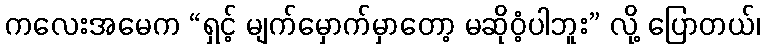
ကလေးအမေက “ရှင့် မျက်မှောက်မှာတော့ မဆိုဝံ့ပါဘူး” လို့ ပြောတယ်၊